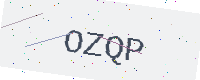
Text: OZQP